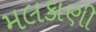
મલકાણી